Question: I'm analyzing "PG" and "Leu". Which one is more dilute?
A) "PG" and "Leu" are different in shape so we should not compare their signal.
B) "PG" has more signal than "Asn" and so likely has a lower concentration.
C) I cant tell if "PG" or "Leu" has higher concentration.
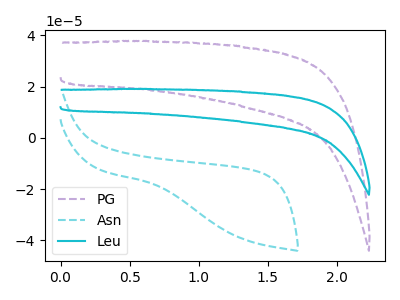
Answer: <think>The purple dashed curve "PG" has no peaks. The cyan dashed curve "Asn" has no peaks. The cyan curve "Leu" has no peaks.
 Neither "PG" or "Leu" have any peaks.</think>
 <answer>C) I cant tell if "PG" or "Leu" has higher concentration.</answer>
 <eval>C</eval>